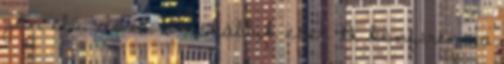
jön elő, de ez a ritkábbik eset. A konferencia